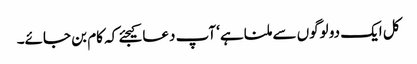
کل ایک دو لوگوں سے ملنا ہے‘ آپ دعا کیجئے کہ کام بن جائے۔